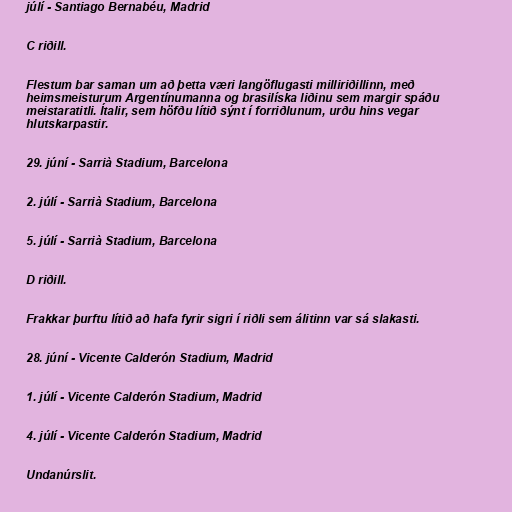
júlí - Santiago Bernabéu, Madrid

C riðill.

Flestum bar saman um að þetta væri langöflugasti milliriðillinn, með
heimsmeisturum Argentínumanna og brasilíska liðinu sem margir spáðu
meistaratitli. Ítalir, sem höfðu lítið sýnt í forriðlunum, urðu hins vegar
hlutskarpastir.

29. júní - Sarrià Stadium, Barcelona

2. júlí - Sarrià Stadium, Barcelona

5. júlí - Sarrià Stadium, Barcelona

D riðill.

Frakkar þurftu lítið að hafa fyrir sigri í riðli sem álitinn var sá slakasti.

28. júní - Vicente Calderón Stadium, Madrid

1. júlí - Vicente Calderón Stadium, Madrid

4. júlí - Vicente Calderón Stadium, Madrid

Undanúrslit.